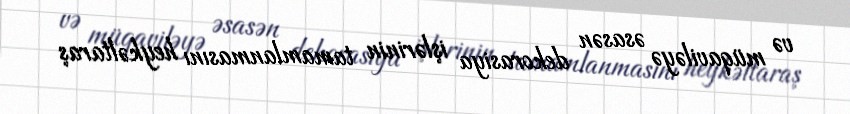
və müqaviləyə əsasən dekorasiya işlərinin tamamlanmasını heykəltaraş